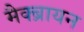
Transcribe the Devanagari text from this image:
मैक्ब्रायन